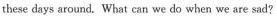
these days arourid. What can we do when we are sad?